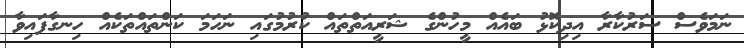
ނަމަވެސް ސަރުކާރާ އިދިކޮޅު ބައެއް މީހުންގެ ޝަރީއަތްތައް ކުރުމުގައި ނަހަމަ ކަންތައްތަކެއް ހިނގާފައިވާ